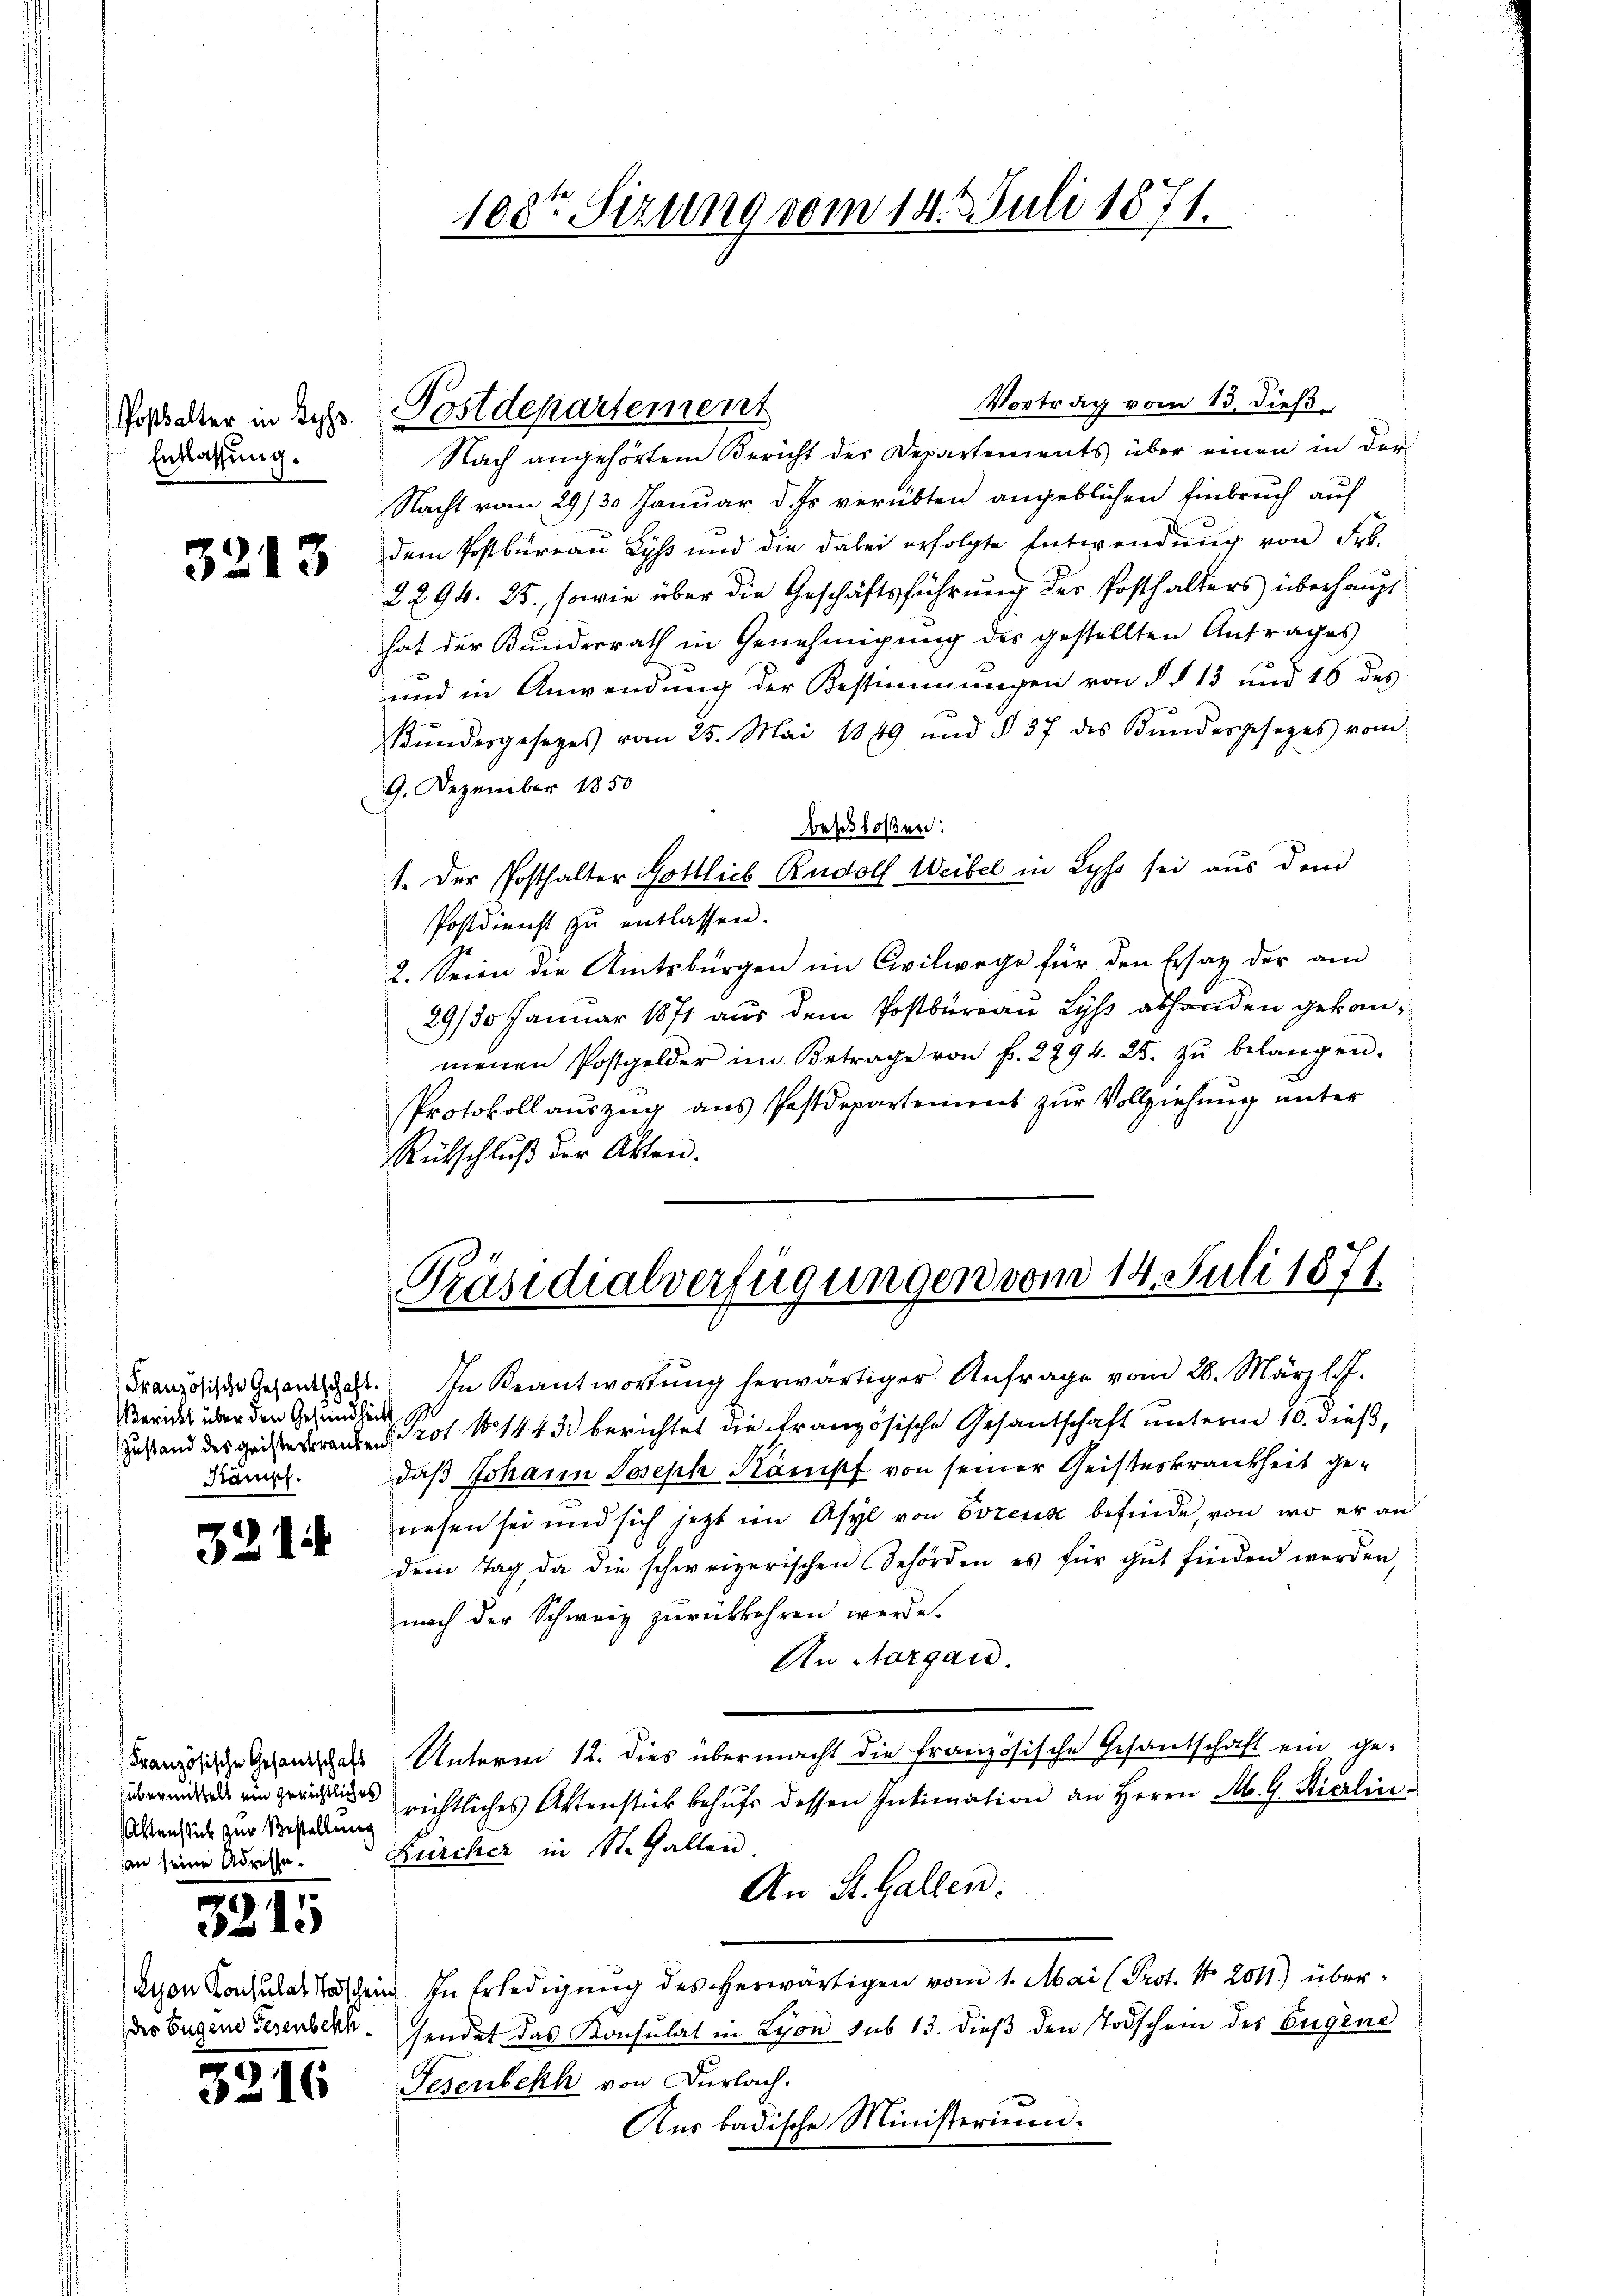
Postsalter in Zyps.
Entlassung.

3213

Bericht über den Gesundheits
Kampf.

321

übermittels ein gerichtliches
Astenstück zur Bestellung
san seine Adresse.

321

2

3216

Vortrag vom 13. dieß
Nach angehörtem Bericht der Departements über einen in der
Nacht vom 29/30. Januar d. Js. verübten angeblichen Einbruch auf
dem Postbureau Lyß und die dabei erfolgte Entwendung von Frk.
2294. 25, sowie über die Geschäftsführung des Posthalters überhaupt
hat der Bunderrath in Genehmigung des gestellten Antrages
und in Anwendung der Bestimmungen von § § 13 und 16 des
Bŭndesgesezes vom 25. Mai 1849 und § 37 des Kŭndesgesetzes vom
9. Dezember 1850
beschloßen:
1. Der Posthalter Gottlich Rudolf Weibel in Lyss sei aus dem
Postdienst zu entlassen.
2. Seien die Amtsbürgen im Civilwege für den Ersatz der am
29/30 Januar 1871 aus dem Postbureau Lyss abhanden gekanmenen Postgelder im Betrage von f. 2294. 25. zŭ belangen.
Protokoll auszug aus Postdepartement zur Vollziehung unter
Rütschlŭβ der Akten.

108ten Sizung vom 14. Juli 1871.

Postdepartement

Präsidialverfügungen vom 14. Juli 1871

Französische Gesandtschaft. In Beantwortŭng herwärtiger Anfrage vom 28. März l. J.
Zustand des geisterrenten Prot No 1443. berichtet die französische Gesantschaft unterm 10. dieß,
daß Johann Joseph Kampf von seiner Geisteskrankheit genesen sei und sich jetzt im Asyl von Bozens befinde, von wo er an
dem Tag, da die schweizerischen gehörden es für gut finden werden,
nach der Schweiz zurückkehren werde.
An Aargau.
Französische Gesandschals Unterm 12. dies übermacht die französische Gesantschaft ein ge-
richtliches Aktenstück behŭfs dessen Intimation an Herrn M. G. Bierlin-
Bürcher in St. Gallen.
An St. Gallen.
deon Konsulat Täschen In Erledigung des herwärtigen vom 1. Mai (Prot. No 2011.) überdes Eugend Gesenbeck. sendet das Konsulat in Lyon sub 13. dieß den Todschein des Eigene
Tesenbekh von Dürlach.
Aus badische Ministerium.